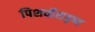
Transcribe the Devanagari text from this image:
पिशवीसदृष्य